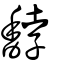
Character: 馞